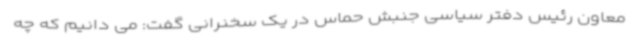
معاون رئیس دفتر سیاسی جنبش حماس در یک سخنرانی گفت: می دانیم که چه